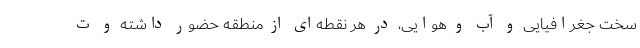
سخت جغرافیایی و آب و هوایی، در هر نقطه‌ای از منطقه حضور داشته و ت